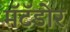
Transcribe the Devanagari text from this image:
मॅटॅडोर